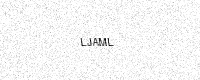
Text: LJAML